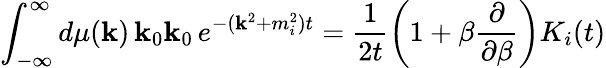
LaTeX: \int_{-\infty}^{\infty}d\mu(\mathbf{k})\, \mathbf{k}_{0}\mathbf{k}_{0}\, e^{-(\mathbf{k}^{2}+m_{i}^{2})t}=\frac{1}{{2t}}\left(1+\beta\frac{\partial}{{\partial\beta}}\right)K_{i}(t)